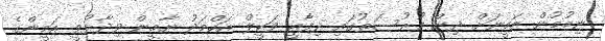
ނިމުމުން އަމީނަށް ދިން ފުރުސަތުގައި ދިފާއީ ވަކީލް އަހްމަދު ޔާމީން ވިދާޅުވީ އަމީންގެ